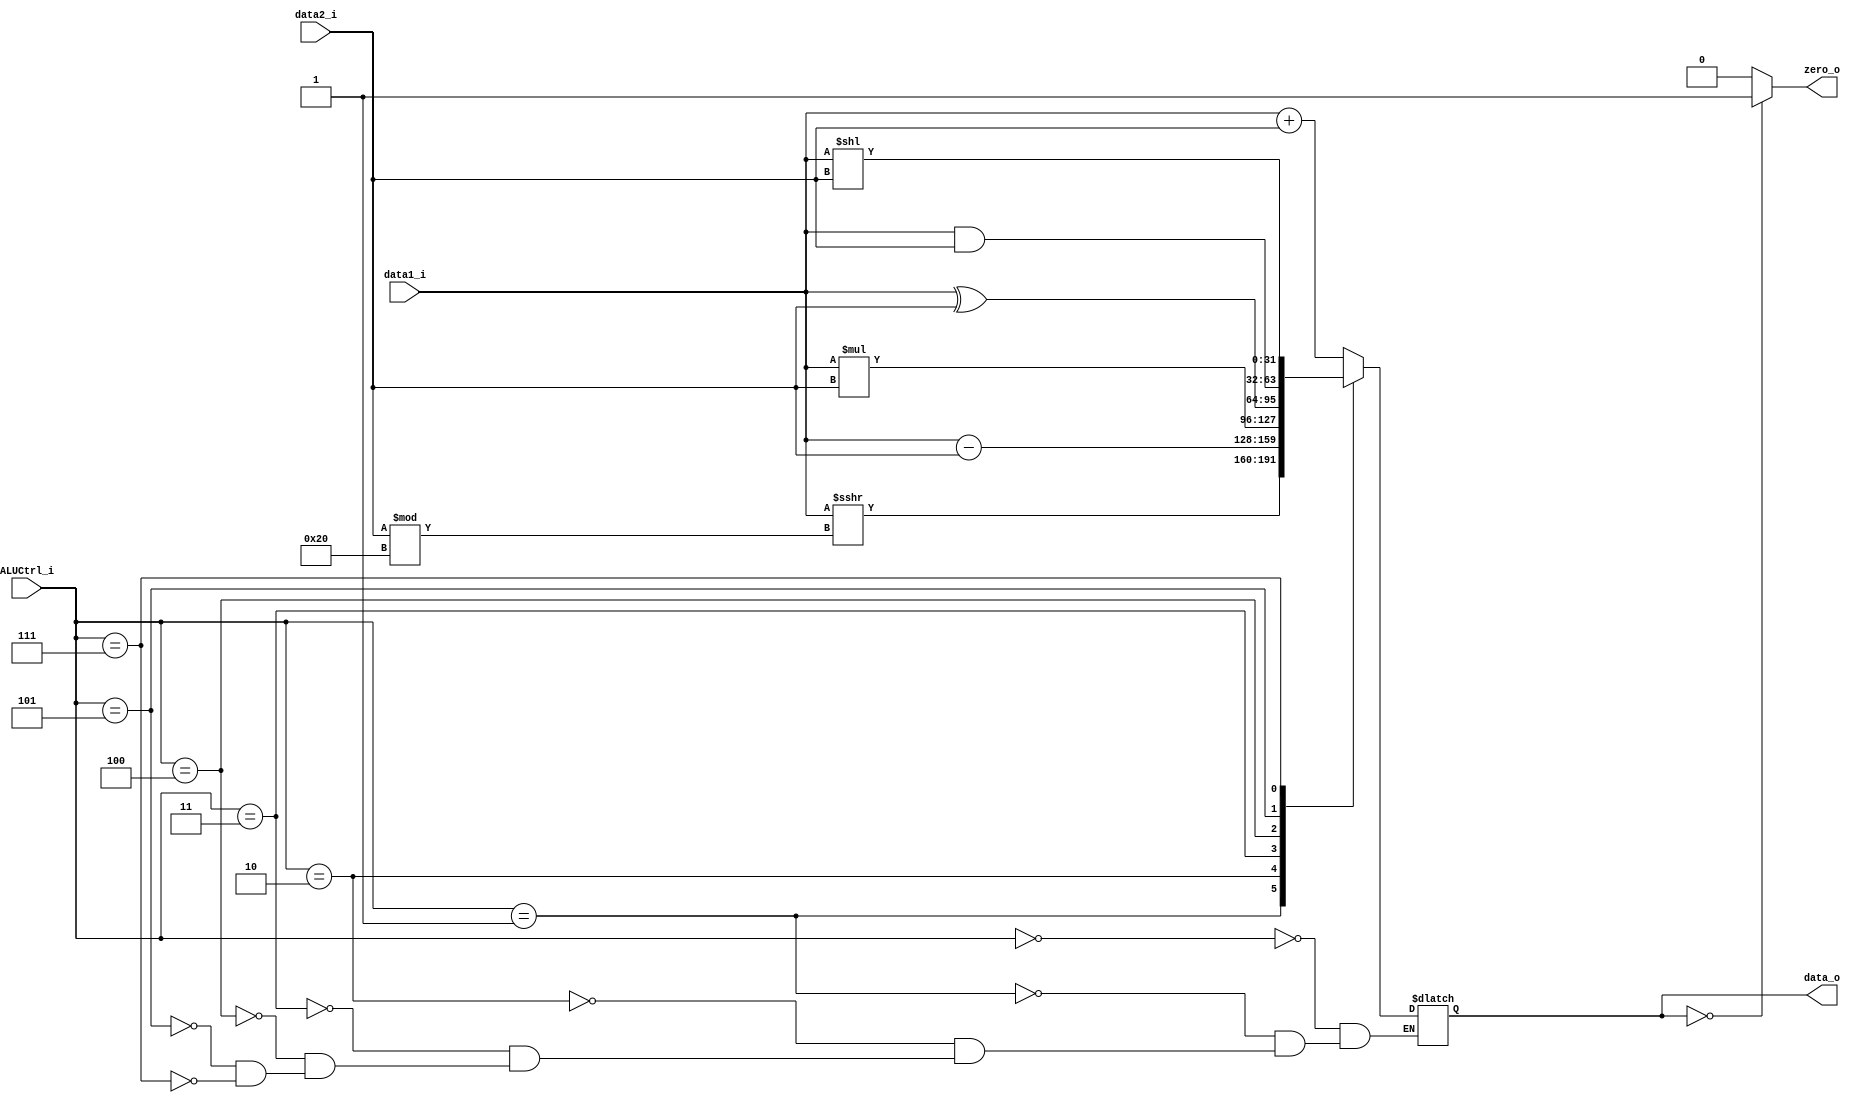
module ALU
(
	data1_i,
	data2_i,
	ALUCtrl_i,
	data_o,
	zero_o
);

input  [31 : 0] data1_i;
input  [31 : 0] data2_i;
input  [2 : 0]  ALUCtrl_i;
output [31 : 0] data_o;
output          zero_o;

reg [31 : 0] data_reg;

assign data_o = data_reg;
assign zero_o = (data_reg == 32'b0)? 1'b1 : 1'b0;

always @(data1_i or data2_i or ALUCtrl_i)
begin
	case (ALUCtrl_i)
		3'b000: data_reg = data1_i + data2_i; // add
		3'b001: data_reg = $signed(data1_i) >>> $signed(data2_i%32); // srai
		3'b010: data_reg = data1_i - data2_i; // sub
		3'b011: data_reg = data1_i * data2_i; // mul
		3'b100: data_reg = data1_i ^ data2_i; // xor
        3'b101: data_reg = data1_i & data2_i; // and
        3'b111: data_reg = data1_i << data2_i; // sll
	endcase
	// $display("r1: %d, r2: %d, new value: %d", data1_i, data2_i, data_reg);
	// if(ALUCtrl_i == 3'b001)begin
	// 	$display("============= wow ===============");
	// end
end

endmodule